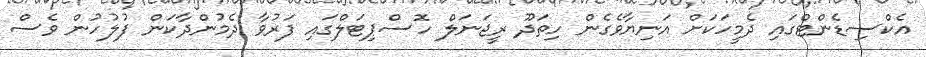
އެކްސިޑެންޓްގައި ދެމީހަކަށް އަނިޔާވެގެން ހިތަދޫ ރީޖަނަލް ހޮސްޕިޓަލްގައި ފަރުވާ ދެމުންދާކަން ފުލުހުން ވެސް